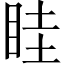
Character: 眭